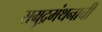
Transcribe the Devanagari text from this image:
सम्रुद्रमंथनाची